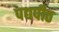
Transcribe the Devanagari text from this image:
पद्यपीठ